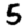
Digit: 5